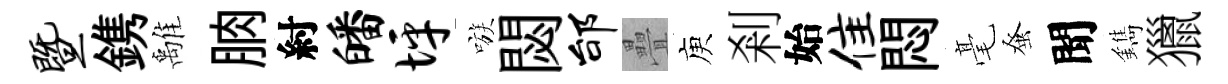
暨鎸𩀌朒紂皤坪嗾閟邰疊庾剎始隹悶毫𫊫聞鐫獵